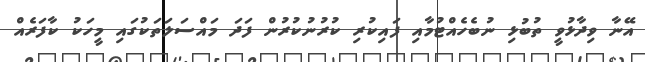
އޭނާ ވިދާޅުވީ ތުބުޅި ނުބެހެއްޓުމާއި ފައިކުރި ކުރުނުކުރުން ފަދަ މައްސަލަތަކުގައި މީހަކު ކާފަރެއް